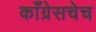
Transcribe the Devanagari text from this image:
काँग्रेसचेच